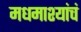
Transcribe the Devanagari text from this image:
मधमाश्यांचं